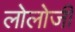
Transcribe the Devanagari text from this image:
लोलोजी